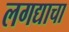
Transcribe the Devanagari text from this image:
लगद्याचा